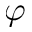
\varphi